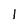
Character: 1